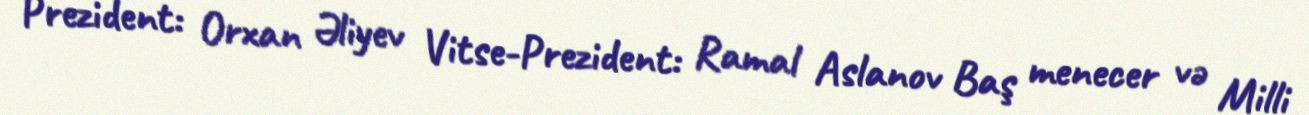
Prezident: Orxan Əliyev Vitse-Prezident: Ramal Aslanov Baş menecer və Milli